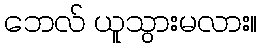
ဘေလ် ယူသွားမလား။